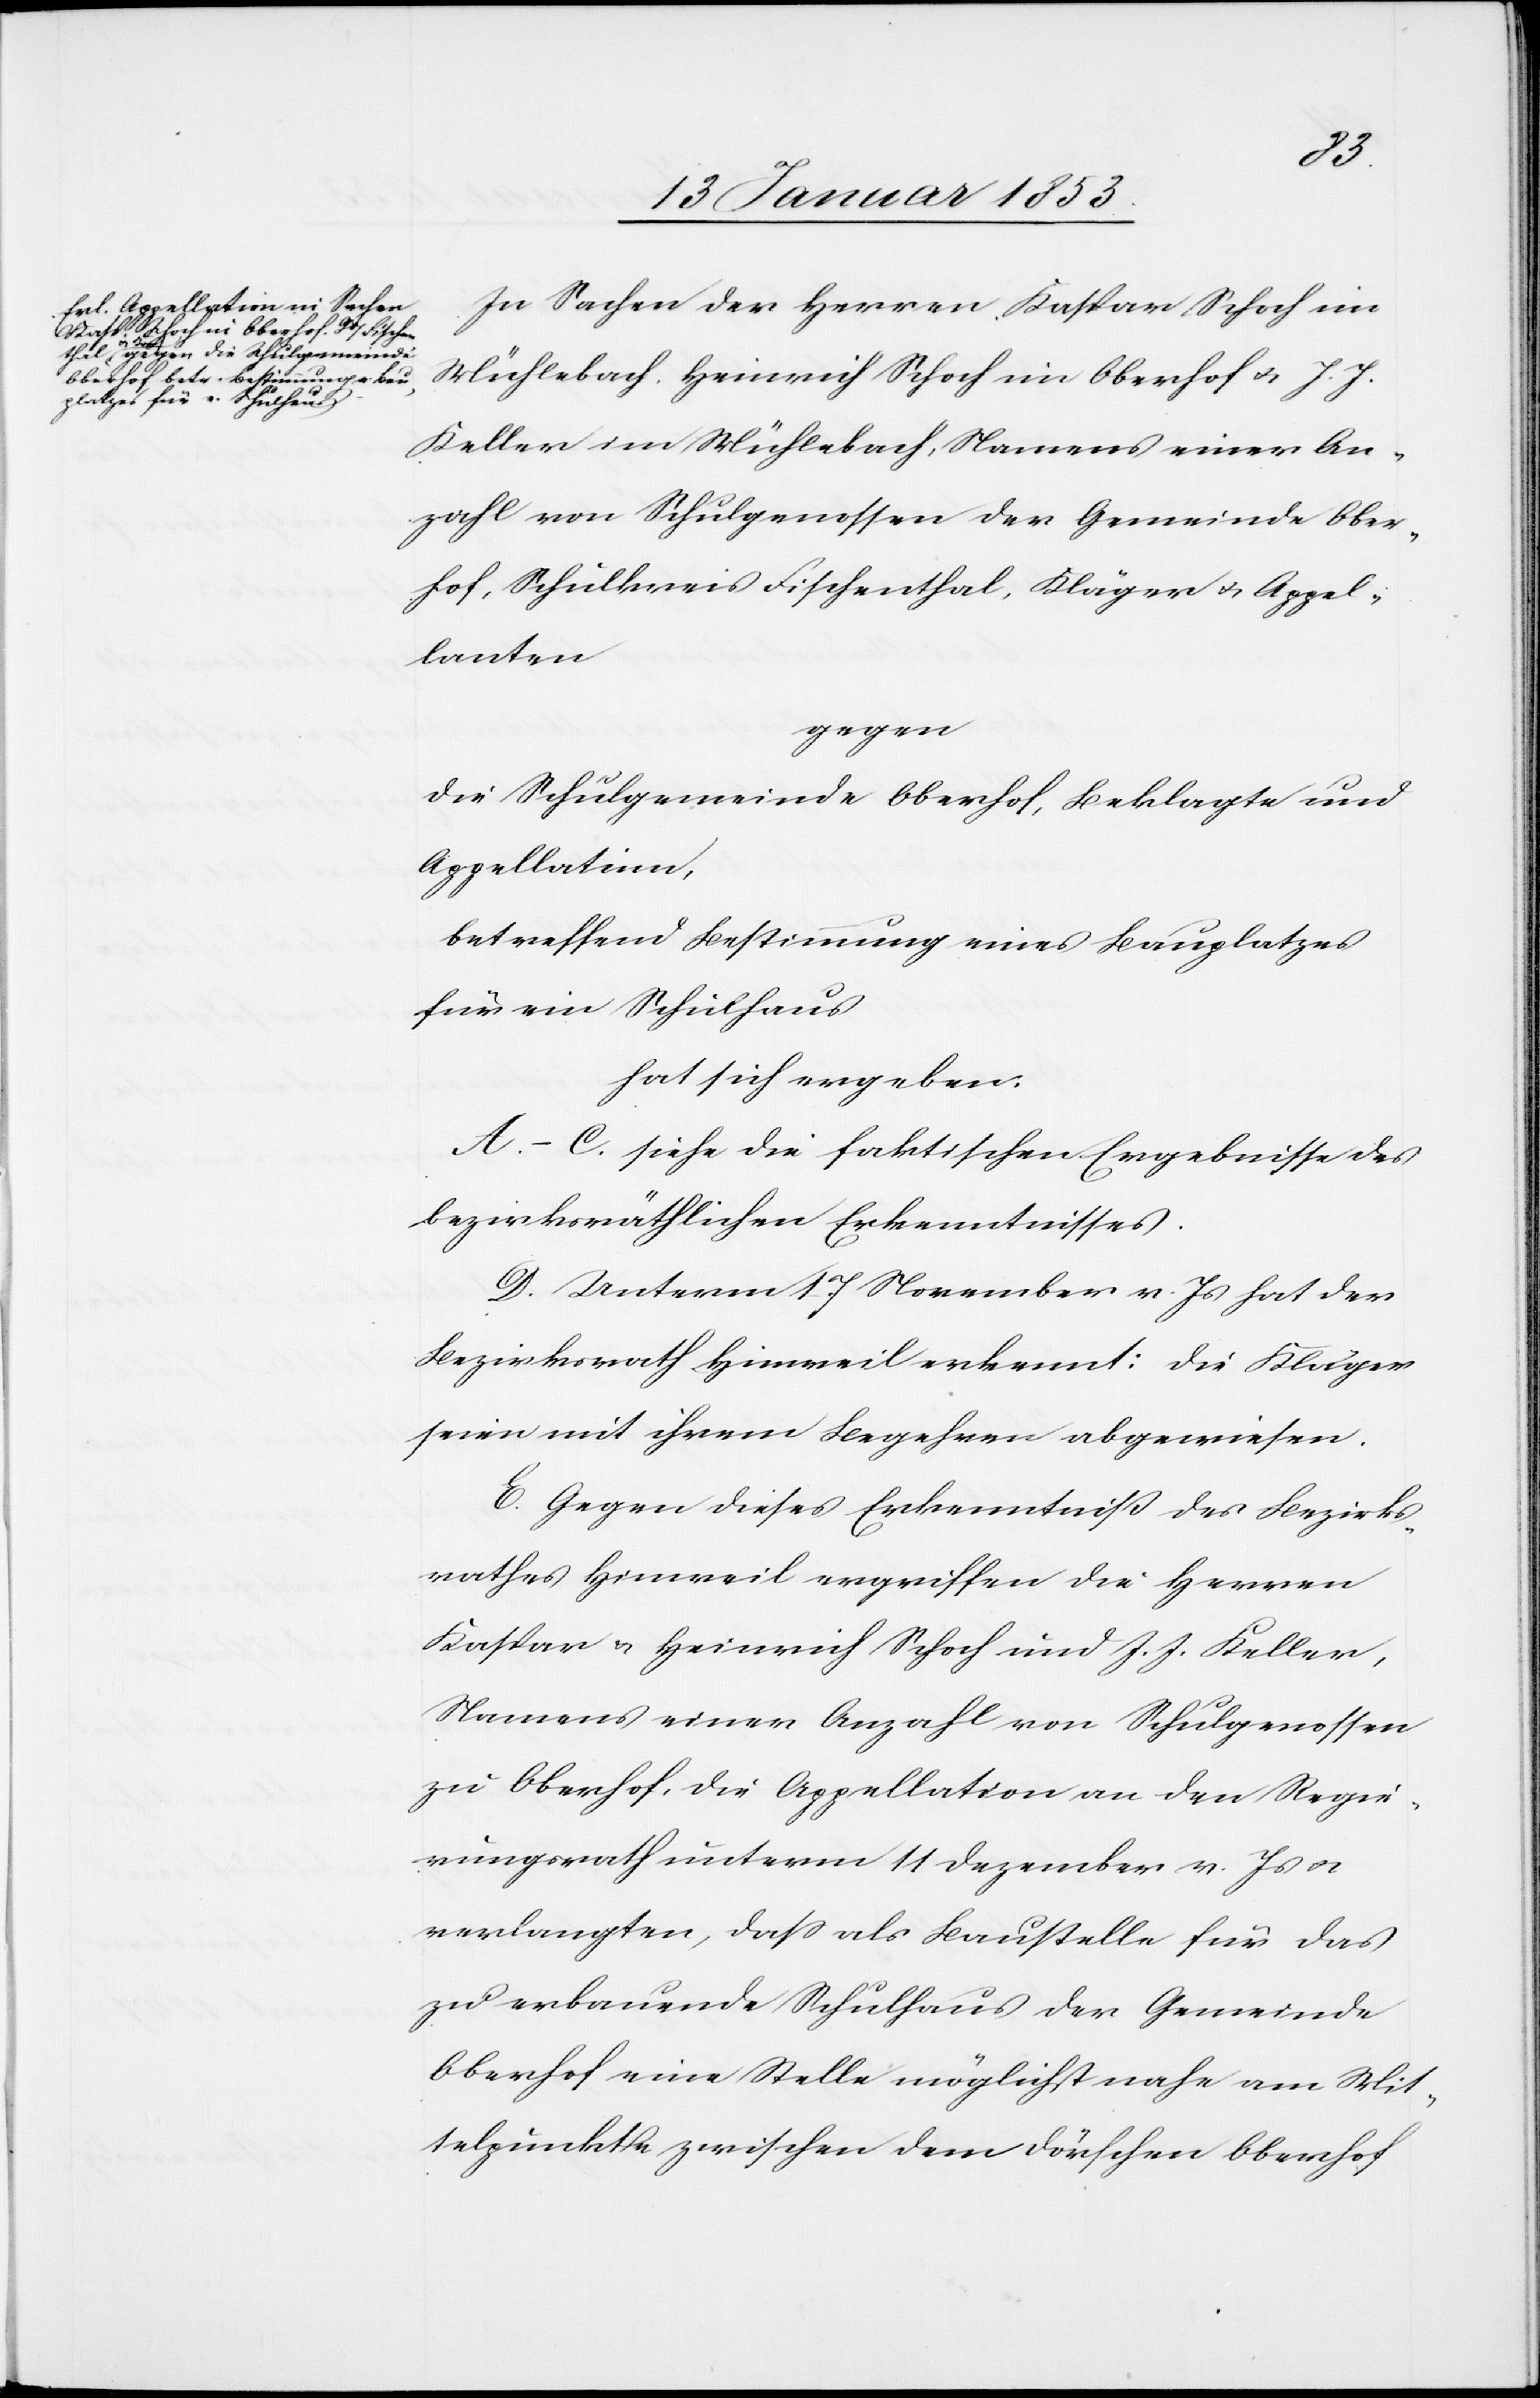
In Sachen der Herren Kaspar Schoch in
Wylerbach Heinrich Schoch im Oberhof u. J. J.
Keller im Mühlebach, Namens einer An¬
zahl von Schulgenossen der Gemeinde Ober¬
hof, Schulkreis Fischenthal, Kläger u. Appel¬
lanten
gegen
die Schulgemeinde Oberhof, Beklagte und
Appellatinn,
betreffend Bestimmung eines Bauplatzes
für ein Schulhaus
hat sich ergeben.
A.–C. siehe die faktischen Ergebnisse des
bezirksräthlichen Erkenntnisses.
D. Unterm 17 November v. Js. hat der
Bezirksrath Hinweil erkennt: die Kläger
seien mit ihrem Begehren abgewiesen.
E. Gegen diese Erkenntniß des Bezirks¬
rathes Hinweil ergriffen die Herren
Kaspar u. Heinrich Schoch und J. J. Keller,
Namens einer Anzahl von Schulgenossen
zu Oberhof, die Appellation an den Regie¬
rungsrath unterm 11 Dezember v. Js. u.
verlangten, daß als Baustelle für das
zu erbauende Schulhaus der Gemeinde
Oberhof eine Stelle möglichst nahe am Mit¬
telpunkte zwischen dem Dörfchen Oberhof